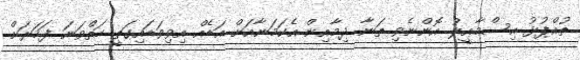
ތުއްޕުޅު އިސްމާޢީލު އޮންނެވި ތަނާ ދިމާއިން އެކަމަނާއަށް އަޑެއް އިވިވަޑައިގަތީ ހަތްވަނަ ފަހަރަށް